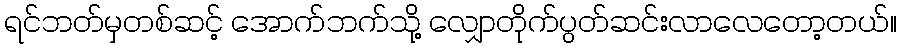
ရင်ဘတ်မှတစ်ဆင့် အောက်ဘက်သို့ လျှောတိုက်ပွတ်ဆင်းလာလေတော့တယ်။